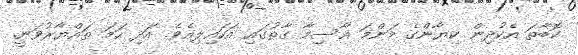
ކޮބާތަ އެކުދިން ކިޔާންގެ މަންމަ އާސިމާ ގާާތުގައި އަހައިލިއެވެ. އަދި ހަމަ ތައްޔާރުވަނީ.